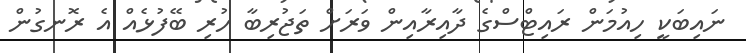
ނައިބަކީ ހިއުމަން ރައިޓްސްގެ ދާއިރާއިން ވަރަށް ތަޖުރިބާ ހުރި ބޭފުޅެއް އެ ރޮނގުން